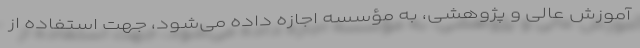
آموزش عالی و پژوهشی، به مؤسسه اجازه داده می‌‌شود، جهت استفاده از